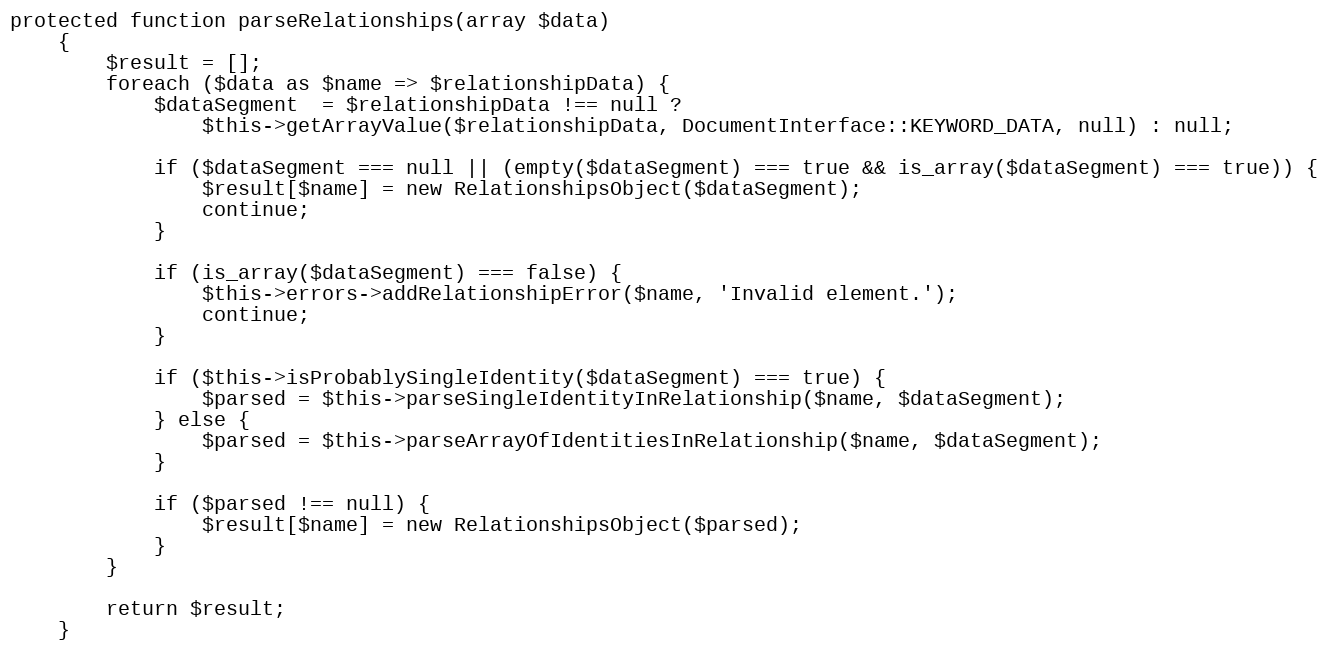
Language: PHP
protected function parseRelationships(array $data)
    {
        $result = [];
        foreach ($data as $name => $relationshipData) {
            $dataSegment  = $relationshipData !== null ?
                $this->getArrayValue($relationshipData, DocumentInterface::KEYWORD_DATA, null) : null;

            if ($dataSegment === null || (empty($dataSegment) === true && is_array($dataSegment) === true)) {
                $result[$name] = new RelationshipsObject($dataSegment);
                continue;
            }

            if (is_array($dataSegment) === false) {
                $this->errors->addRelationshipError($name, 'Invalid element.');
                continue;
            }

            if ($this->isProbablySingleIdentity($dataSegment) === true) {
                $parsed = $this->parseSingleIdentityInRelationship($name, $dataSegment);
            } else {
                $parsed = $this->parseArrayOfIdentitiesInRelationship($name, $dataSegment);
            }

            if ($parsed !== null) {
                $result[$name] = new RelationshipsObject($parsed);
            }
        }

        return $result;
    }